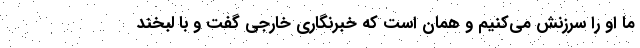
ما او را سرزنش می‌کنیم و همان است که خبرنگاری خارجی گفت و با لبخند